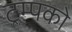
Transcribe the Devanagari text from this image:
ट्रम्पको